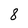
Character: 8